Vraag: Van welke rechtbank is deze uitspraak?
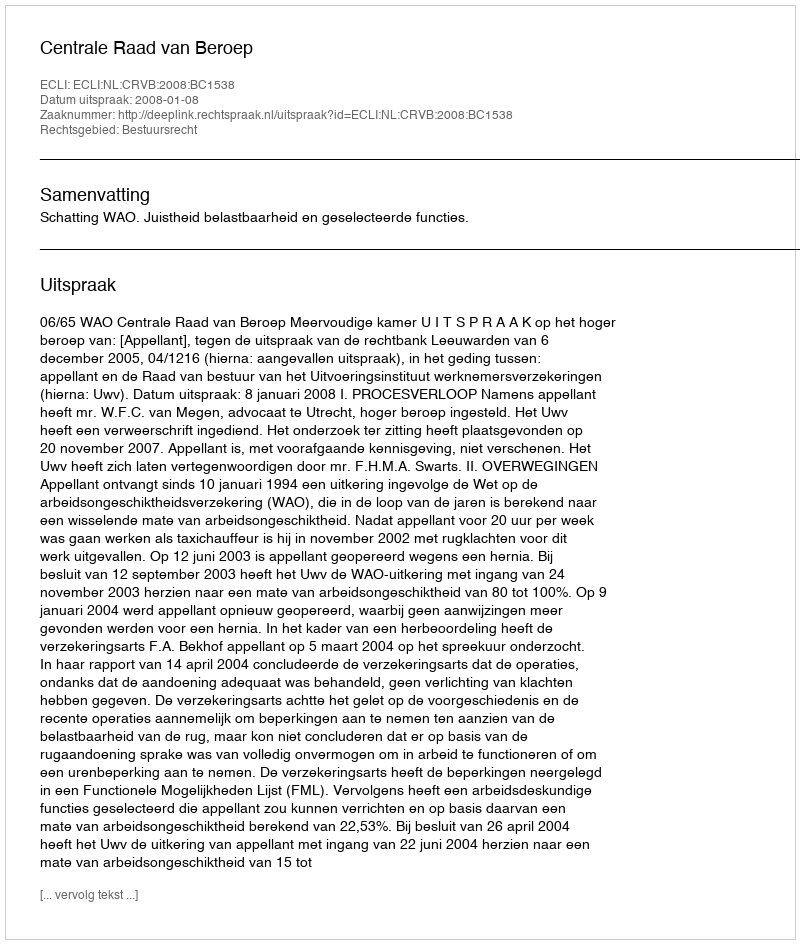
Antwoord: Centrale Raad van Beroep